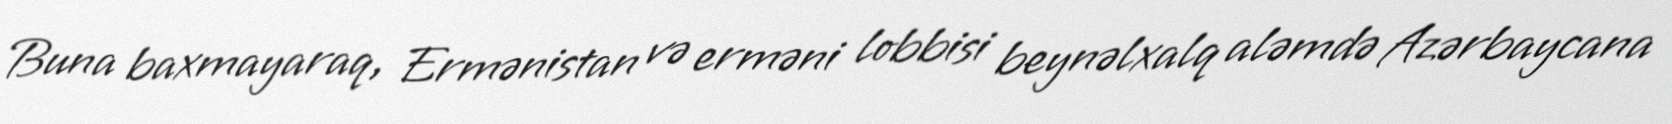
Buna baxmayaraq, Ermənistan və erməni lobbisi beynəlxalq aləmdə Azərbaycana